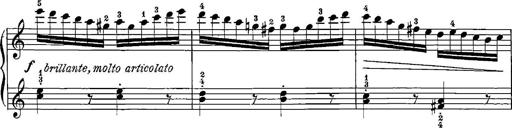
Title: 12 Sonatinas
Composer: Ignaz Pleyel